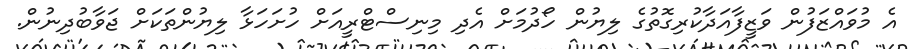
އެ މުވައްޒަފުން ވަޒީފާއަދާކުރިގޮތުގެ ލިޔުން ހޯދުމަށް އެދި މިނިސްޓްރީއަށް ހުށަހަޅާ ލިޔުންތަކަށް ޖަވާބުދިނުން.